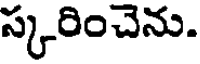
స్కరించెను.